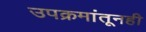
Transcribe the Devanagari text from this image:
उपक्रमांतूनही